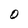
Character: O